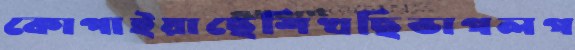
কোপাইয়াছেশিখছিভাগলগ